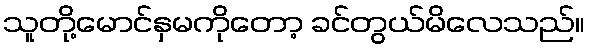
သူတို့မောင်နှမကိုတော့ ခင်တွယ်မိလေသည်။